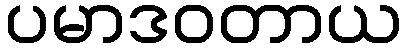
ပမာဒဝတာယ